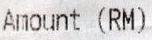
AMOUNT (RM)